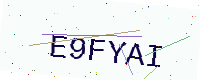
Text: E9FYAI